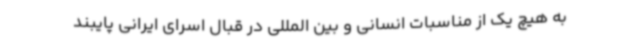
به هیچ یک از مناسبات انسانی و بین المللی در قبال اسرای ایرانی پایبند